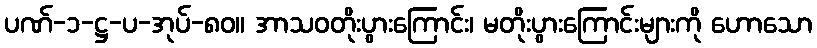
ပဏ်-၁-ဋ္ဌ-ပ-အုပ်-၈၀။ အာသဝတိုးပွားကြောင်း၊ မတိုးပွားကြောင်းများကို ဟောသော